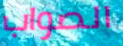
الصواب